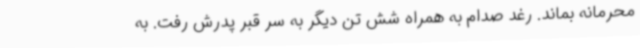
محرمانه بماند. رغد صدام به همراه شش تن دیگر به سر قبر پدرش رفت. به